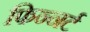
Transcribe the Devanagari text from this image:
फिन्नर्ट